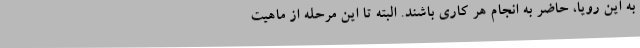
به این رویا، حاضر به انجام هر کاری باشند. البته تا این مرحله از ماهیت